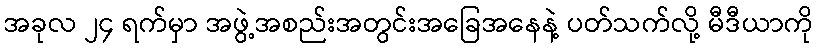
အခုလ ၂၄ ရက်မှာ အဖွဲ့အစည်းအတွင်းအခြေအနေနဲ့ ပတ်သက်လို့ မီဒီယာကို